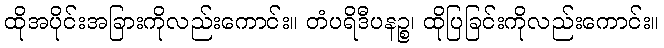
ထိုအပိုင်းအခြားကိုလည်းကောင်း။ တံပရိဒီပနဉ္စ၊ ထိုပြခြင်းကိုလည်းကောင်း။